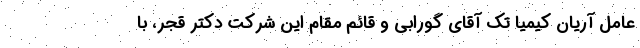
عامل آریان کیمیا تک آقای گورابی و قائم مقام این شرکت دکتر قجر، با